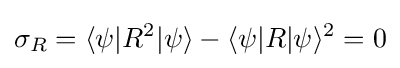
\sigma _{R}=\langle \psi |R^{2}|\psi \rangle -\langle \psi |R|\psi \rangle ^{2}=0